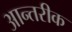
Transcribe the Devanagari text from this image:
आन्तरीक